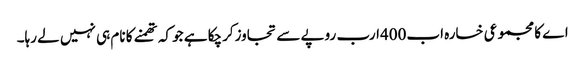
اے کا مجموعی خسارہ اب400ارب روپے سے تجاوزکرچکا ہے جو کہ تھمنے کا نام ہی نہیں لے رہا۔